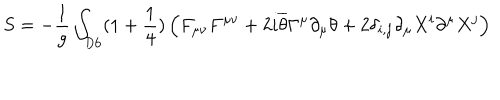
S = - \frac { 1 } { g } \int _ { D 6 } ( 1 + \frac { 1 } { 4 } ) \left( F _ { \mu \nu } F ^ { \mu \nu } + 2 i \overline { { { \theta } } } \Gamma ^ { \mu } \partial _ { \mu } \theta + 2 \delta _ { i , j } \partial _ { \mu } X ^ { i } \partial ^ { \mu } X ^ { j } \right)